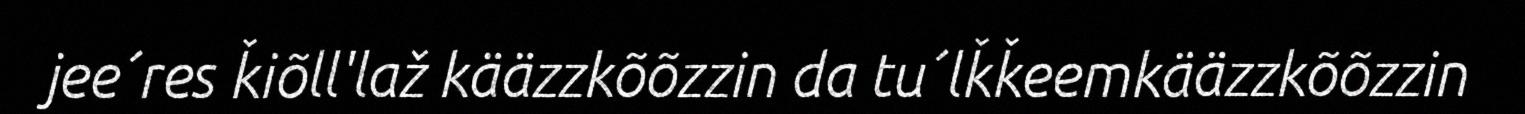
jee´res ǩiõll'laž kääzzkõõzzin da tu´lǩǩeemkääzzkõõzzin